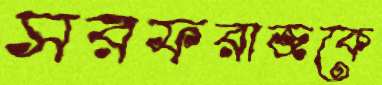
সরফরাজকে